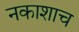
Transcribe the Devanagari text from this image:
नकाशाच